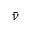
\bar { \nu }